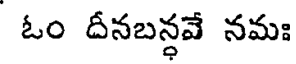
ఓం దీనబన్ధవే నమః